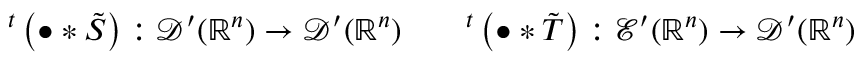
^ { t } \left( \bullet \ast { \tilde { S } } \right) : { \mathcal { D } } ^ { \prime } ( \mathbb { R } ^ { n } ) \to { \mathcal { D } } ^ { \prime } ( \mathbb { R } ^ { n } ) \qquad ^ { t } \left( \bullet \ast { \tilde { T } } \right) : { \mathcal { E } } ^ { \prime } ( \mathbb { R } ^ { n } ) \to { \mathcal { D } } ^ { \prime } ( \mathbb { R } ^ { n } )